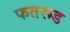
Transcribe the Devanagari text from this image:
फतरूड